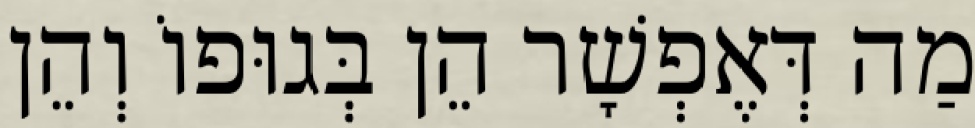
מַה דְּאֶפְשָׁר הֵן בְּגוּפוֹ וְהֵן